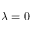
\lambda = 0